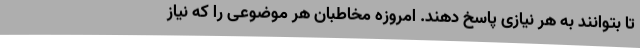
تا بتوانند به هر نیازی پاسخ دهند. امروزه مخاطبان هر موضوعی را که نیاز